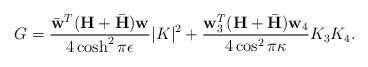
LaTeX: \begin{align*}G=\frac{\bar{\mathbf{w}}^T(\mathbf{H}+\bar{\mathbf{H}})\mathbf{w}}{4\cosh^2\pi\epsilon}|K|^2+\frac{\mathbf{w}_3^T(\mathbf{H}+\bar{\mathbf{H}})\mathbf{w}_4}{4\cos^2\pi\kappa}K_3 K_4.\end{align*}